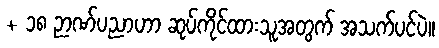
+ ၁၈ ဉာဏ်ပညာဟာ ဆုပ်ကိုင်ထားသူအတွက် အသက်ပင်ပဲ။